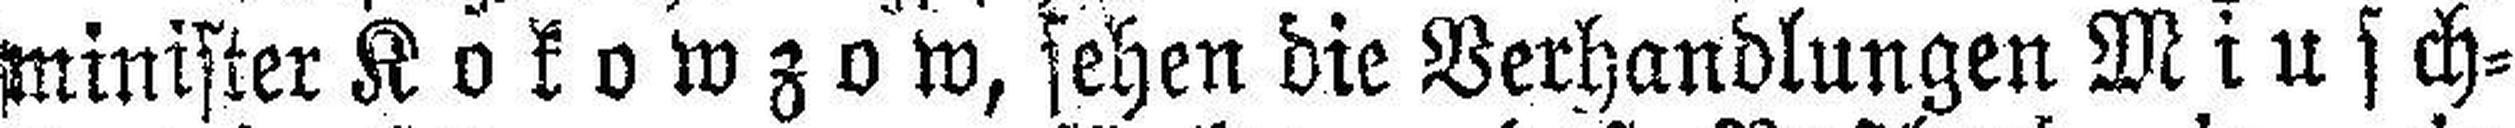
minister Kokowzow, sehen die Verhandlungen Miusch¬